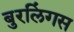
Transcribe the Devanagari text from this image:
बुरलिंगस